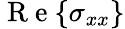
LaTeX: \mathrm{~R~e~}{\left\{ \sigma_{xx}\right\} }